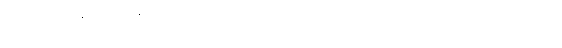
ပြုလုပ်ကြခြင်းဖြစ်၏။ အသက်ကိုပင် စွန့်ရစေကာမူ အဂတိလေးပါးကို မလိုက်စားတော့ကြောင်း၊